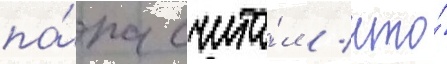
па́па счита́л / что́